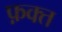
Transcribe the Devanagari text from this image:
फ़क्‍त